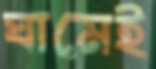
ঘামেই